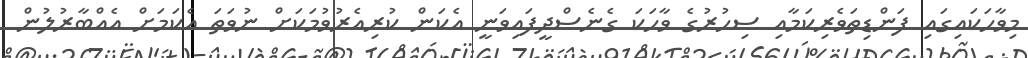
މިވާހަކައިގައި ފަންޑިތަވެރިކަމާއި ސިހުރުގެ ވާހަކަ ގެނެސްދީފައިވަނީ އެކަން ކުރިއެރުވުމަކަށް ނުވަތަ އެކަމަށް އެއްބާރުލުން